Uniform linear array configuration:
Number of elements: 12
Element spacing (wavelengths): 0.5
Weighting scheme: cosine
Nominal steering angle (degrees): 30
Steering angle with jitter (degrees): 31.662
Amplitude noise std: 0.05
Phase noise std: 0.05

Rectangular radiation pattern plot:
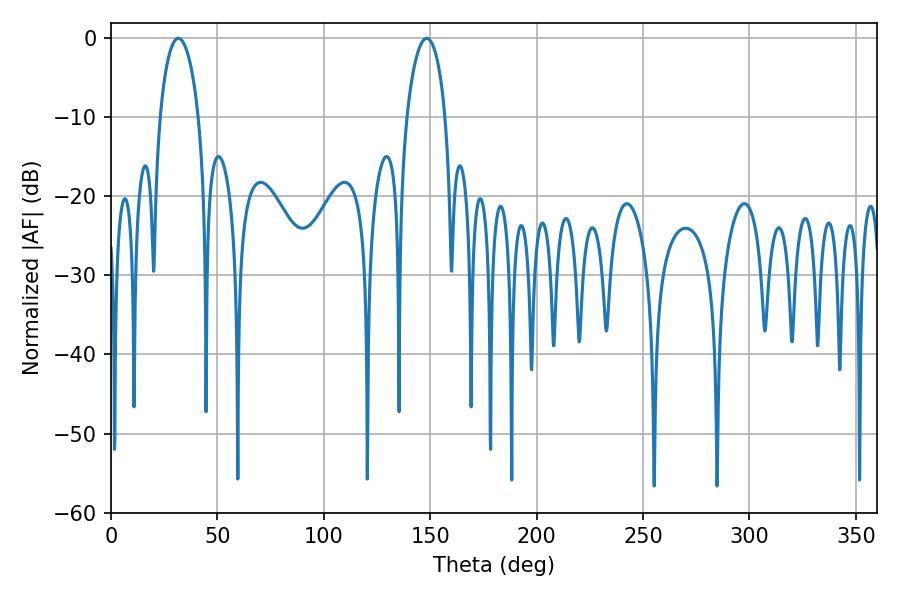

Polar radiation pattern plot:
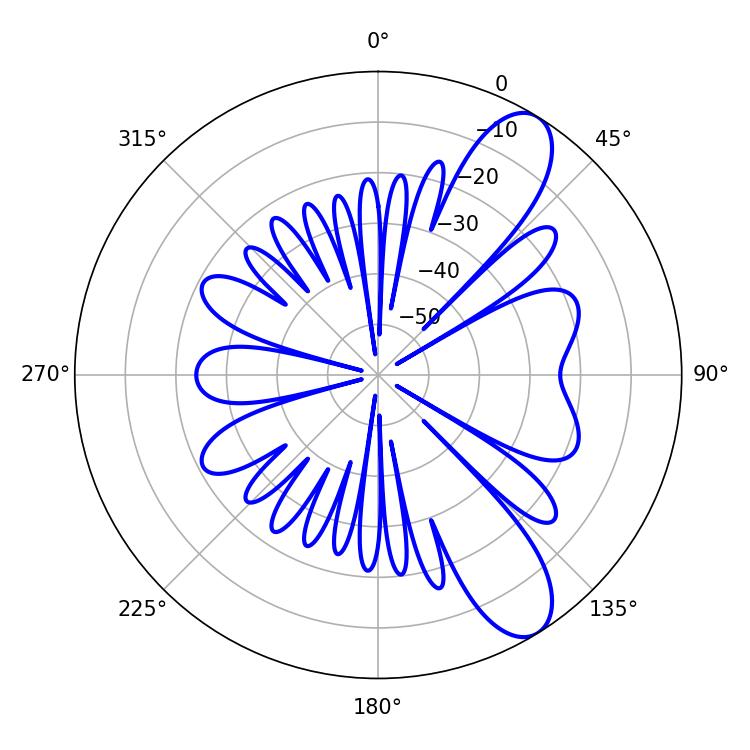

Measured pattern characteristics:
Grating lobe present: FALSE
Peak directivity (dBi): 9.808
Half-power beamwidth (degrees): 10.26
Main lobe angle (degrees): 31.68